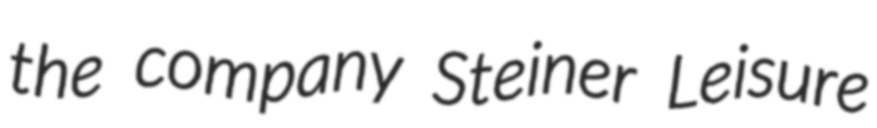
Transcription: the company Steiner Leisure